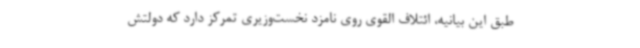
طبق این بیانیه، ائتلاف القوی روی نامزد نخست‌وزیری تمرکز دارد که دولتش